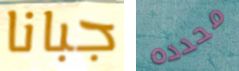
جبانا محدده